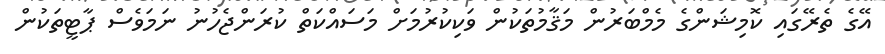
އޭގެ ތެރޭގައި ކޮމިޝަންގެ މެމްބަރުން މަޤާމުތަކުން ވަކިކުރުމަށް މަސައްކަތް ކުރަންޖެހުނު ނަމަވެސް ޕާޓީތަކުން